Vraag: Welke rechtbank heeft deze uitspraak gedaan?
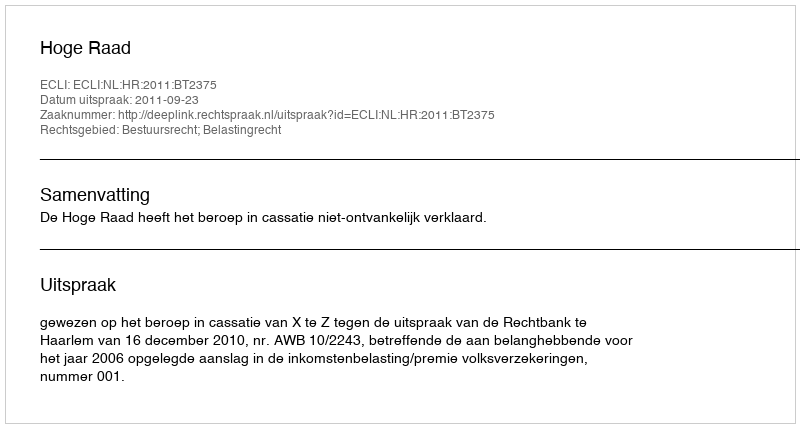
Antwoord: Hoge Raad